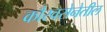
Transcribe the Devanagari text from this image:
कौरवसेनेतील